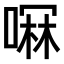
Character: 𫫋